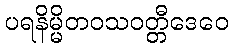
ပရနိမ္မိတဝသဝတ္တီဒေဝေ